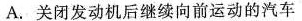
A.关闭发动机后继续向前运动的汽车